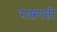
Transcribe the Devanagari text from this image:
राष्त्रपती